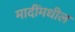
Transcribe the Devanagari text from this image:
मादींमधील